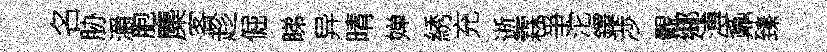
名胁灂胞麋客趁倔睇异晴婵綉充逝霖爭沱鐸渉覿鄊溥鼒臻